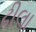
ઢીલા